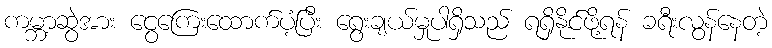
ကမ္ဘာ့ဆွဲအား ငွေကြေးထောက်ပံ့ပြီး ရွေးချယ်မှုပါရှိသည် ရရှိနိုင်ဖို့ရန် ခရီးလွန်နေတဲ့